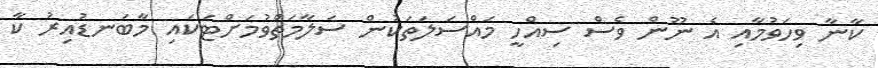
ކާނާ ވިހަވުމާއި އެ ނޫން ވެސް ސިއްހީ މައްސަލަތަކުން ސަލާމަތްވުމަށްޓަކައި މާބަނޑުއިރު ކާ